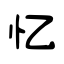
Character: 忆